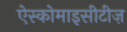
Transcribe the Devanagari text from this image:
ऐस्कोमाइसीटीज़